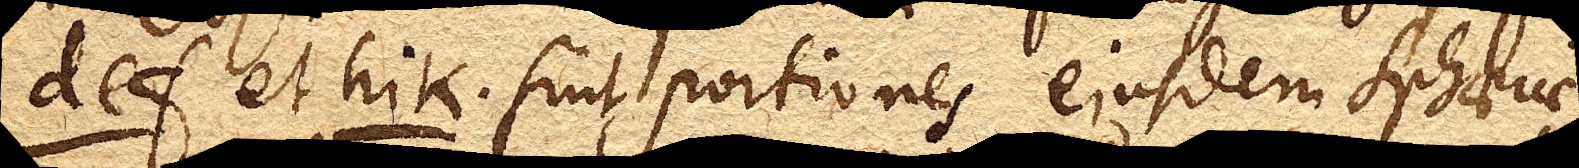
def. et hik. sint portiones ejusdem sphaerae,